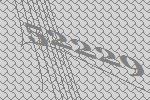
52229